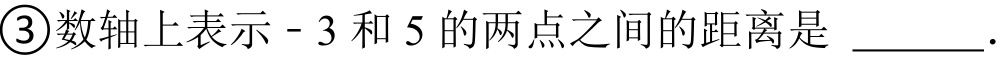
\textcircled{3}数轴上表示\(-3\)和\(5\)的两点之间的距离是 \(\underline{\quad\quad}\).